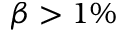
\beta > 1 \%